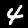
Label: 4